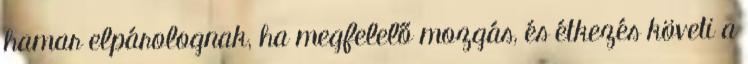
hamar elpárolognak, ha megfelelő mozgás, és étkezés követi a